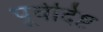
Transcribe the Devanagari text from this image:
पूर्वर्दिष्ट